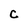
Character: C